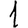
Digit: 1